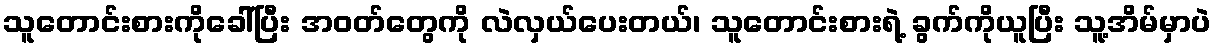
သူတောင်းစားကိုခေါ်ပြီး အဝတ်တွေကို လဲလှယ်ပေးတယ်၊ သူတောင်းစားရဲ့ ခွက်ကိုယူပြီး သူ့အိမ်မှာပဲ